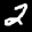
Label: 2